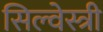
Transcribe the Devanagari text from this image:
सिल्वेस्त्री